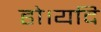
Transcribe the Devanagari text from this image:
हो।यदि